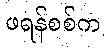
ဖရန်စစ်က